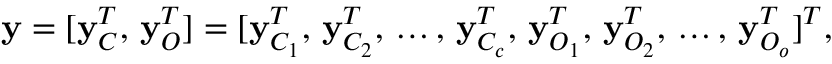
\begin{array} { r } { \mathbf { y } = [ \mathbf { y } _ { C } ^ { T } , \, \mathbf { y } _ { O } ^ { T } ] = [ \mathbf { y } _ { C _ { 1 } } ^ { T } , \, \mathbf { y } _ { C _ { 2 } } ^ { T } , \, \dots , \, \mathbf { y } _ { C _ { c } } ^ { T } , \, \mathbf { y } _ { O _ { 1 } } ^ { T } , \, \mathbf { y } _ { O _ { 2 } } ^ { T } , \, \dots , \, \mathbf { y } _ { O _ { o } } ^ { T } ] ^ { T } , } \end{array}